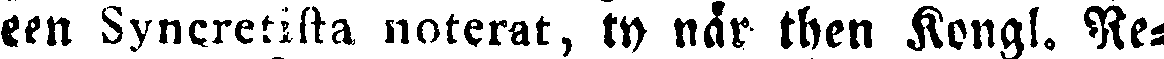
een Syncretista noterat, ty när then Kongl. Re-